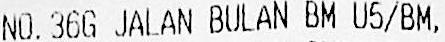
NO.36G JALAN BULAN BM U5/BM,